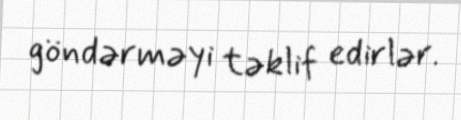
göndərməyi təklif edirlər.